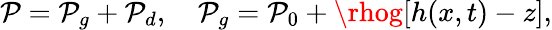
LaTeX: \mathcal{P}=\mathcal{P}_{g}+\mathcal{P}_{d},~~~~\mathcal{P}_{g}=\mathcal{P}_{0}+\rhog[h(x,t)-z],